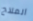
الملاح